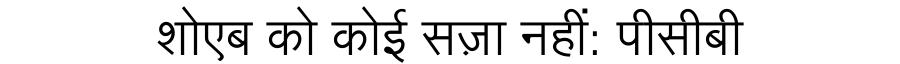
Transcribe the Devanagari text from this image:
शोएब को कोई सज़ा नहीं: पीसीबी